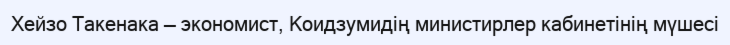
Хейзо Такенака — экономист, Коидзумидің министирлер кабинетінің мүшесі